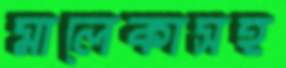
মালেকাসহ